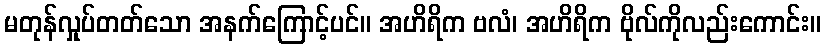
မတုန်လှုပ်တတ်သော အနက်ကြောင့်ပင်။ အဟိရိက ဗလံ၊ အဟိရိက ဗိုလ်ကိုလည်းကောင်း။